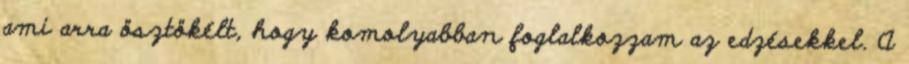
ami arra ösztökélt, hogy komolyabban foglalkozzam az edzésekkel. A